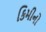
કિમીનો